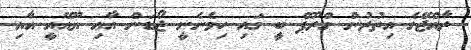
ރާއްޖޭގެ އިތުރުން ގްރޫޕް ބީ ގައި ހިމެނެނީ ޖޯޑަން އާއި ޔޫއޭއީ އާއި